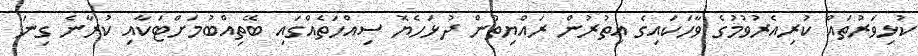
ކުޅިވަރުތައް ކުރިއެރުވުމުގެ ވާހަކައިގެ އިތުރުން ރައްޔިތުން ދުޅަހެޔޮ ސިއްހަތެއްގައި ބޭތިއްބުމަށްޓަކާއި ކުރާނެ ގިނަ